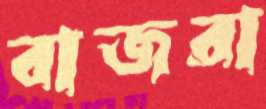
বাজরা